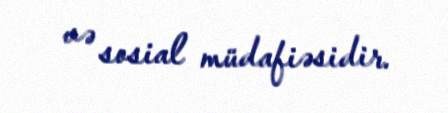
və sosial müdafiəsidir.